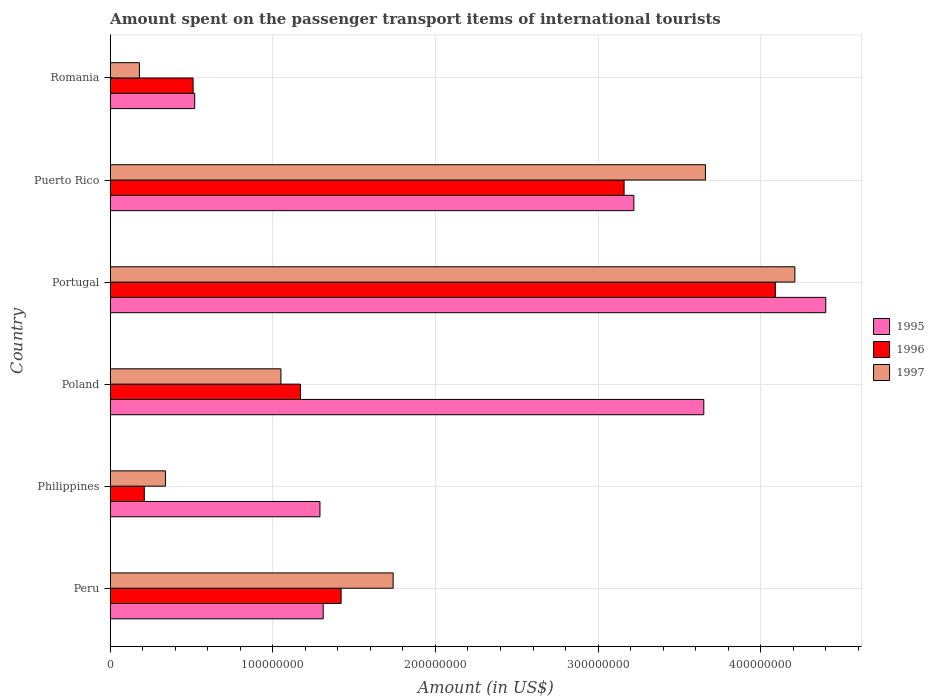
| Country | 1995 | 1996 | 1997 |
 | --- | --- | --- | --- |
 | Peru | 1.31e+08 | 1.42e+08 | 1.74e+08 |
 | Philippines | 1.29e+08 | 2.1e+07 | 3.4e+07 |
 | Poland | 3.65e+08 | 1.17e+08 | 1.05e+08 |
 | Portugal | 4.4e+08 | 4.09e+08 | 4.21e+08 |
 | Puerto Rico | 3.22e+08 | 3.16e+08 | 3.66e+08 |
 | Romania | 5.2e+07 | 5.1e+07 | 1.8e+07 |